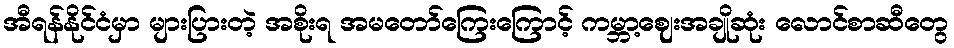
အီရန်နိုင်ငံမှာ များပြားတဲ့ အစိုးရ အမတော်ကြေးကြောင့် ကမ္ဘာ့ဈေးအချိုဆုံး လောင်စာဆီတွေ